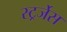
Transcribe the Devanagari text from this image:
स्ट्रर्जेस